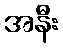
အနီး